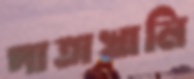
পাতাখালি